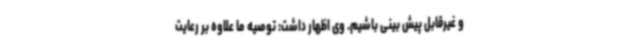
و غیرقابل پیش بینی باشیم. وی اظهار داشت: توصیه ما علاوه بر رعایت